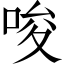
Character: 唆